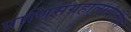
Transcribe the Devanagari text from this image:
प्राणिसंग्रहालायातील